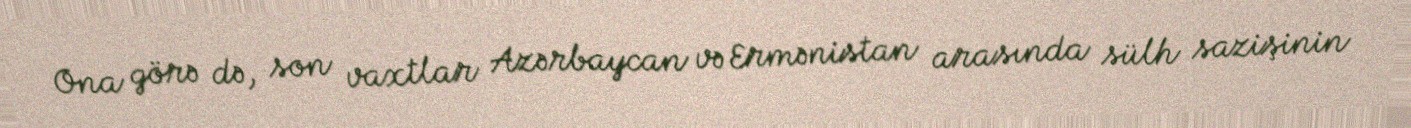
Ona görə də, son vaxtlar Azərbaycan və Ermənistan arasında sülh sazişinin